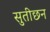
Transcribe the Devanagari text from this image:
सुतीछन